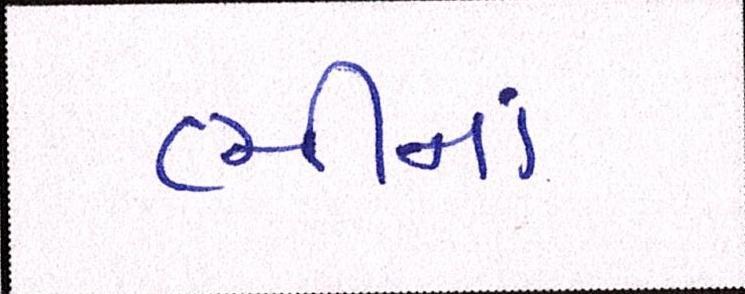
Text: ભીનાં